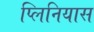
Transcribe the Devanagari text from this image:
प्लिनियास